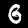
Digit: 6